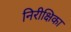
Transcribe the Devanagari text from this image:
निरीक्षिका